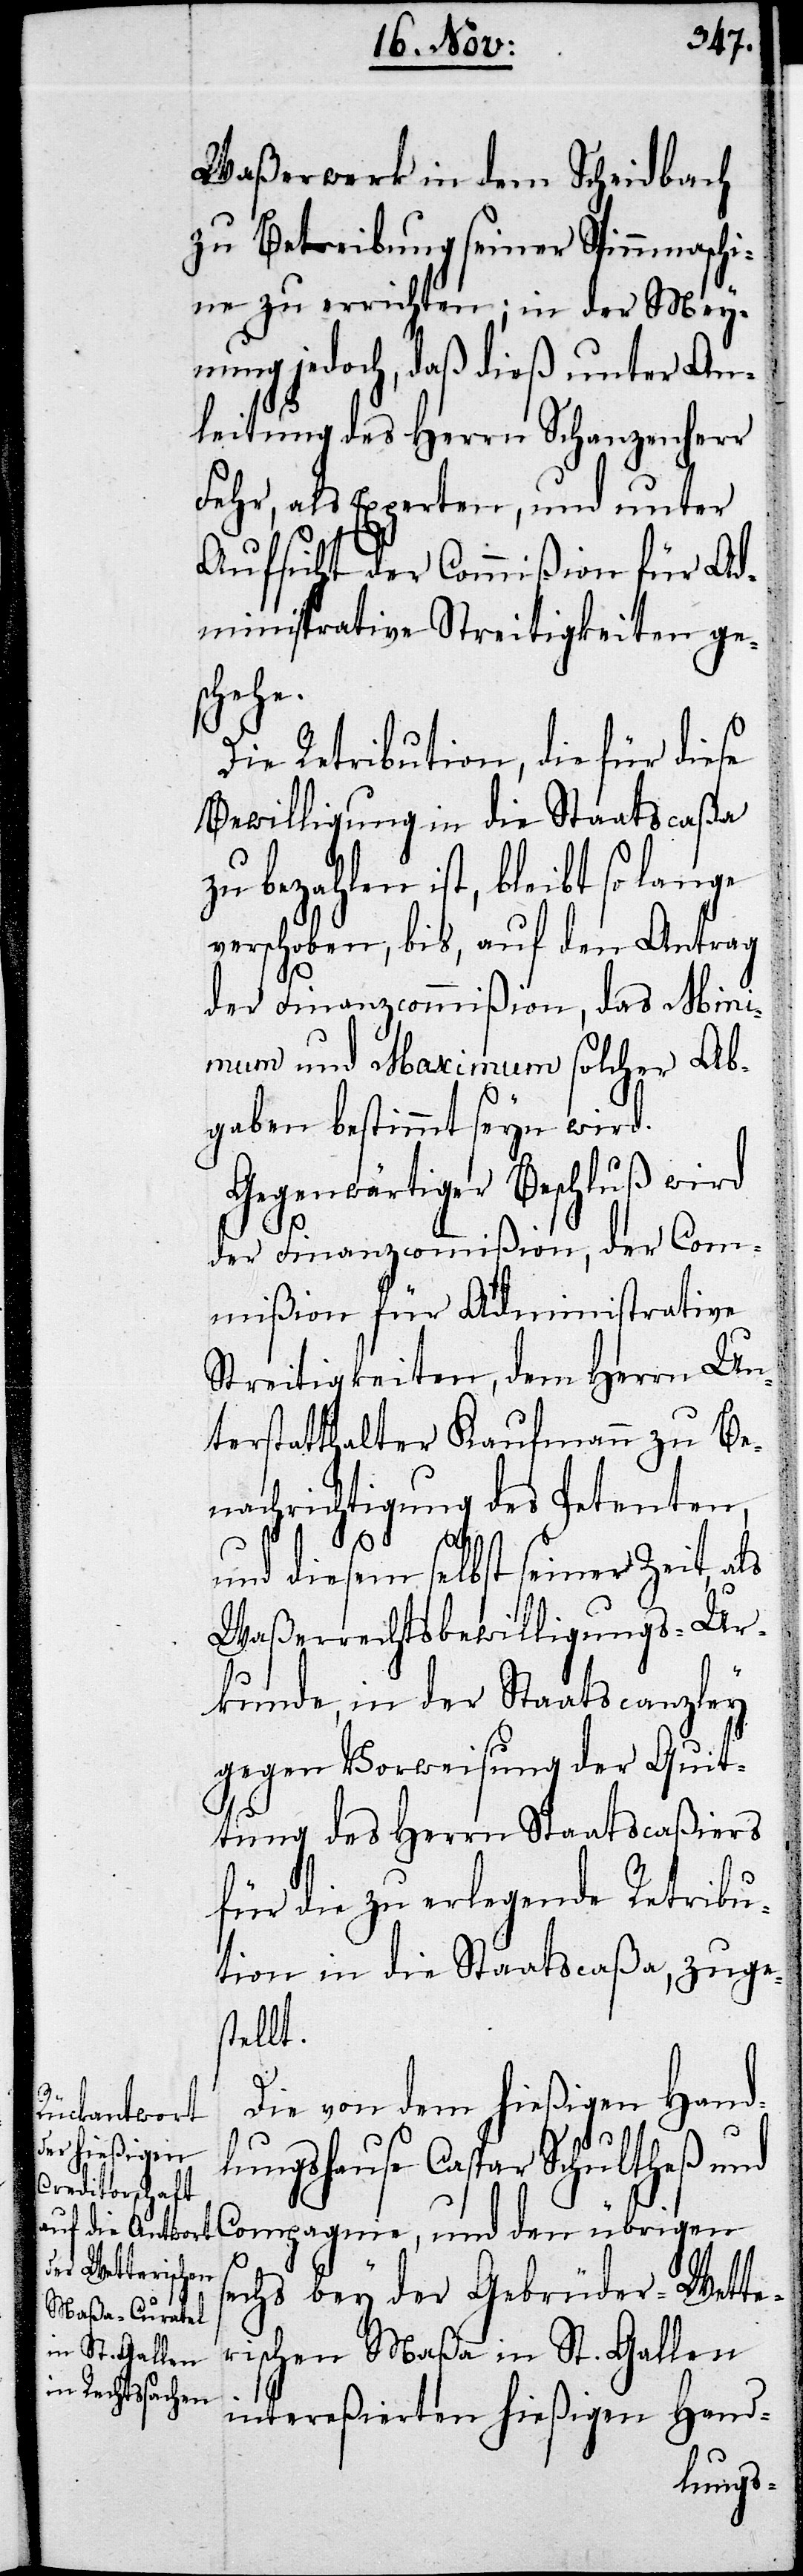
Waßerwerk in dem Scheidbach
zu Betreibung seiner Spinnmaschi¬
ne zu errichten; in der Mey¬
nung jedoch, daß dieß unter An¬
leitung des Herrn Schanzenherr
Fehr, als Experten, und unter
Aufsicht der Commißion für Ad¬
ministrative Streitigkeiten ge¬
schehe.
Die Retribution, die für diese
Bewilligung in die Staatscaßa
zu bezahlen ist, bleibt so lange
verschoben, bis, auf den Antrag
der Finanzcommißion, das Mini¬
mum und Maximum solcher Ab¬
gaben bestimmt seyn wird.
Gegenwärtiger Beschluß wird
der Finanzcommißion, der Com¬
mißion für Administrative
Streitigkeiten, dem Herrn Un¬
terstatthalter Kaufmann zu Be¬
nachrichtigung des Petenten,
und diesem selbst seiner Zeit, als
Waßerrechtsbewilligungs-Ur¬
kunde, in der Staatscanzley
gegen Vorweisung der Quit¬
tung des Herrn Staatscaßiers
für die zu erlegende Retribu¬
tion in die Staatscaßa, zuge¬
stellt.
Die von dem hießigen Hand¬
lungshause Caspar Schultheß und
Compagnie, und den übrigen
sechs bey der Gebrüder Wette¬
rischen Maßa in St. Gallen
intereßierten hießigen Hand-